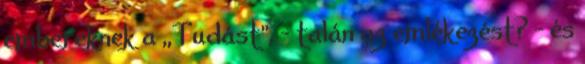
embereknek a ,,Tudást", - talán az emlékezést? - és